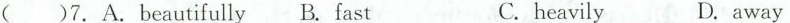
()7.A.beautifully B.Fast C.heavily D. away